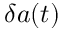
\delta a ( t )